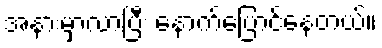
အနားမှာလာပြီး နောက်ပြောင်နေတယ်။